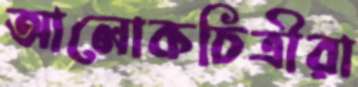
আলোকচিত্রীরা